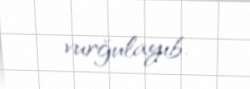
vurğulayıb.